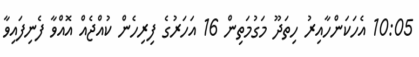
10:05 އެހަކަންހާއިރު ހިތަދޫ މަގުމަތިން 16 އަހަރުގެ ފިރިހެން ކުއްޖެއް އޮއްވާ ފެނިފައިވާ